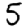
Digit: 5